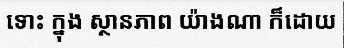
ទោះ ក្នុង ស្ថានភាព យ៉ាងណា ក៏ដោយ